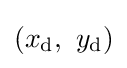
(x_{\mathrm {d} },\ y_{\mathrm {d} })